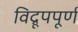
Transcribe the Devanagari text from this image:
विद्रूपपूर्ण